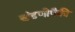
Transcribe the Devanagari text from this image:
खंडणीपैकी